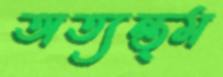
অত্যন্ত্ম